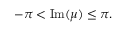
- \pi < \operatorname { I m } ( \mu ) \leq \pi .